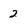
Character: 2